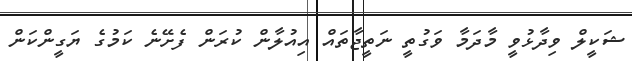
ޝަކީލް ވިދާޅުވީ މާދަމާ ވަގުތީ ނަތީޖާތައް އިއުލާން ކުރަން ފެށޭނެ ކަމުގެ ޔަގީންކަން